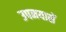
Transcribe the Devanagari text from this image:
उपनयासें